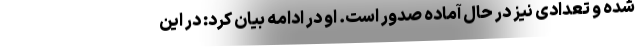
شده و تعدادی نیز در حال آماده صدور است. او در ادامه بیان کرد: در این